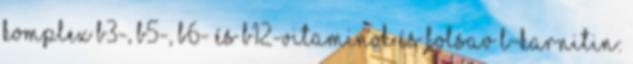
komplex B3-, B5-, B6- és B12-vitaminok és folsav L-karnitin: